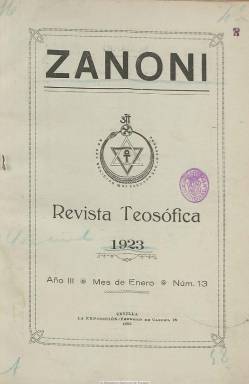
Título: Zanoní (Sevilla)
Colección: Espiritismo
Ámbito geográfico: Sevilla
Lugar de publicación: Sevilla
Fechas: 01/01/1923-31/12/1923

Revista teosófica mensual dirigida por el médico, político progresista y republicano, músico y teósofo sevillano Manuel de Brioude Pardo (1885-1932). La colección de la Biblioteca Nacional de España comienza en su tercer año de edición, correspondiente al número de enero de 1923, desconociéndose la fecha exacta de su aparición o en qué momento había quedado previamente suspendida su publicación. Indica que es el órgano oficial de la Rama Zanoní de la Sección España de la Sociedad Teosófica, cuyo título puede referirse a la famosa novela rosacruz del mismo nombre publicada en 1842 por Edward Bulwer-Lytton (1802-1873). En su cubierta aparece un grabado con el sello teosófico rodeado con la leyenda “No hay religión más elevada que la verdad” (Satyat nasti paro dharmah), de esta organización fraternal que venía desarrollándose mundialmente desde finales del siglo XIX, con sede central en la India.

La sociedad teosófica sevillana había sido fundada el 21 de julio de 1918 y las entregas de su revista están en entorno a las 32 páginas, paginación contínua y compuesta a una columna, con artículos divulgativos sobre las doctrinas teosóficas, o biográficos sobre algunos de sus más destacados miembros. Tiene también una sección de noticias sobre las actividades de la sociedad y de sus miembros y otra bibliográfica. Da cuenta asimismo en un artículo de viajes del Congreso Mundial celebrado en Viena. También inserta fotograbados de retratos, entre estos los del coronel americano Henry Steel Olcott, presidente fundador de la Sociedad Teosófica; de José Fernández Pintado, de la rama Fraternidad, también de Sevilla; Mario Roso de Luna, Helena Petrovna Blavatsky o William Crookes, entre otros. En uno de sus grabados aparece el retrato en grupo de los nueve delegados fundadores de la sección española de la Sociedad Teosófica.

El administrador de la revista es Enrique Mensaque Béjar y su redactor jefe aparece bajo el nombre Filadelfo. La revista indicaba que no oponía limitación alguna a sus colaboradores, y entre las firmas de sus textos aparecen las de August W. Alexander, Eduardo Alfonso, Luis Barberá, César Bordoy, José del Castillo, Lionel Hanser, Fernando Muñoz o Eugenio García Gonzalo, delegado de la rama de Madrid, entre otros muchos.

Durante esta época se editan también otras revistas del mismo carácter teosófico, como Anthaka Rana y Estudios teosóficos, en Barcelona, y Hespérides, en Madrid. El último número de colección de Zanoní corresponde a diciembre de 1923. En el mismo se indica (páginas 353-357) que en su lugar se publicaría otra con el título Sophía. María Isabel Cintas Guillén, de la Universidad de Sevilla, ha realizado un estudio biográfico de Manuel de Brioude, publicado en la revista Archivo hispalense (2008).